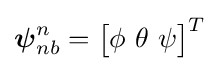
{\textstyle {\boldsymbol {\psi }}_{nb}^{n}={\big [}\phi ~\theta ~\psi {\big ]}^{T}}